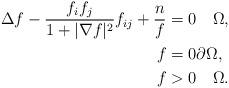
LaTeX: \begin{align*}\Delta f-\frac{f_{i}f_{j}}{1+|\nabla f|^{2}}f_{ij}+\frac{n}{f}&=0 \quad\Omega,\\f&=0 \partial\Omega,\\f&>0 \quad \Omega.\end{align*}